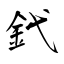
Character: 釴